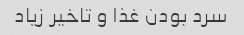
سرد بودن غذا و تاخیر زیاد